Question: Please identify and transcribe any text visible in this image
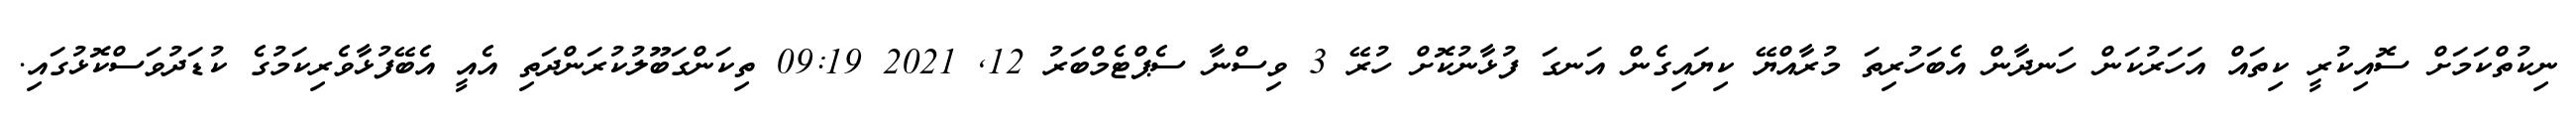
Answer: ނިކުތްކަމަށް ސޮއިކުރީ ކިތައް އަހަރުކަން ހަނދާން އެބަހުރިތަ މުރާއްޔޭ ކިޔައިގެން އަނގަ ފުޅާނުކޮށް ހުރޭ 3 ވިސްނާ ސެޕްޓެމްބަރު 12, 2021 09:19 ތިކަންގަބޫލުކުރަންދަތި އެއީ އެބޭފުޅާވެރިކަމުގެ ކުޑަދުވަސްކޮޅުގައި.